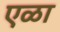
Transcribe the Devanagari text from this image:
एळा